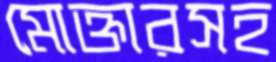
মোক্তারসহ